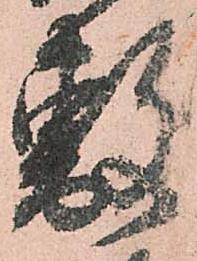
敷